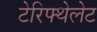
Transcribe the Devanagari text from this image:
टेरिफ्थेलेट